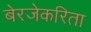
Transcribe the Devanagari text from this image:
बेरजेकरिता